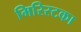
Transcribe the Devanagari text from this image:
मिरिस्टका